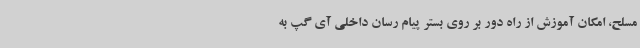
مسلح، امکان آموزش از راه دور بر روی بستر پیام رسان داخلی آی گپ به